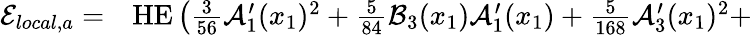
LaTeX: \begin{array}{rl}{\mathcal{E}_{local,a}=}&{{}\textup{HE}\left(\frac{3}{56}\mathcal{A}_{1}^{\prime}(x_{1})^{2}+\frac{5}{84}\mathcal{B}_{3}(x_{1})\mathcal{A}_{1}^{\prime}(x_{1})+\frac{5}{168}\mathcal{A}_{3}^{\prime}(x_{1})^{2}+\right.}\end{array}